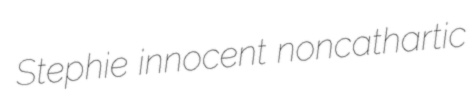
Stephie innocent noncathartic